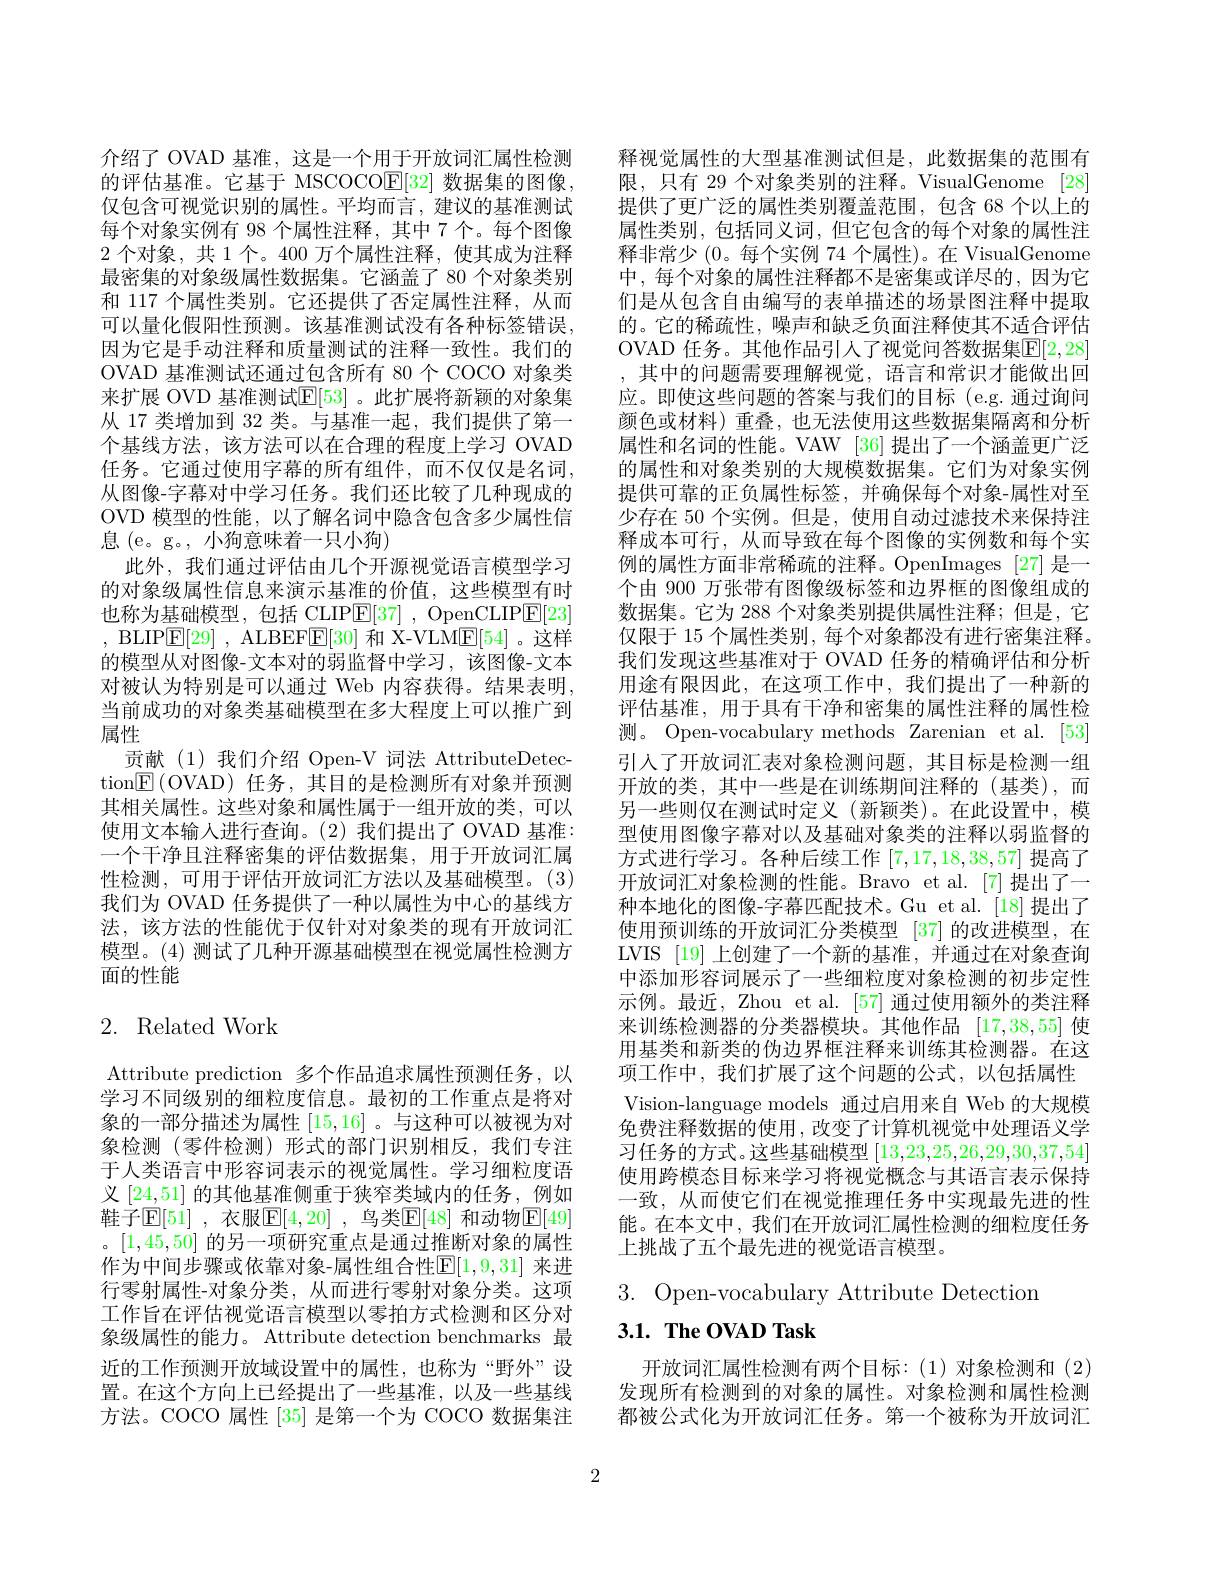
介绍了 OVAD 基准，这是一个用于开放词汇属性检测的评估基准。它基于 MSCOCO$\mathbb{E}[32]$数据集的图像， 仅包含可视觉识别的属性。平均而言，建议的基准测试每个对象实例有 98 个属性注释，其中 7 个。每个图像2个对象，共 1 个。400 万个属性注释，使其成为注释最密集的对象级属性数据集。它涵盖了 80 个对象类别和 117 个属性类别。它还提供了否定属性注释，从而可以量化假阳性预测。该基准测试没有各种标签错误， 因为它是手动注释和质量测试的注释一致性。我们的OVAD 基准测试还通过包含所有 80 个 COCO 对象类来扩展 OVD 基准测试$\mathbb{E}[53]$ 。此扩展将新颖的对象集从 17 类增加到 32 类。与基准一起，我们提供了第一个基线方法，该方法可以在合理的程度上学习 OVAD 任务。它通过使用字幕的所有组件，而不仅仅是名词， 从图像-字幕对中学习任务。我们还比较了几种现成的OVD 模型的性能，以了解名词中隐含包含多少属性信息 (e。g。, 小狗意味着一只小狗)
此外，我们通过评估由几个开源视觉语言模型学习的对象级属性信息来演示基准的价值，这些模型有时也称为基础模型，包括 CLIP$\mathbb{E}[37]$ , OpenCLIP$\mathbb{E}[23]$ , BLIPE[ 29] , ALBEFE[ 30] 和 X-VLM$\underline{\mathrm{E[54]~。这样}}$ 的模型从对图像-文本对的弱监督中学习，该图像-文本对被认为特别是可以通过 Web 内容获得。结果表明， 当前成功的对象类基础模型在多大程度上可以推广到属性
贡献(1)我们介绍 Open-V 词法 AttributeDetection$\boxed{\mathrm{F}}\left(\text{OVAD)任务，其目的是检测所有对象并预测}\right.$ 其相关属性。这些对象和属性属于一组开放的类，可以使用文本输人进行查询。(2)我们提出了 OVAD 基准： 一个干净且注释密集的评估数据集，用于开放词汇属性检测，可用于评估开放词汇方法以及基础模型。(3) 我们为 OVAD 任务提供了一种以属性为中心的基线方法，该方法的性能优于仅针对对象类的现有开放词汇模型。(4) 测试了几种开源基础模型在视觉属性检测方面的性能

# 2. Related Work

Attribute prediction 多个作品追求属性预测任务，以学习不同级别的细粒度信息。最初的工作重点是将对象的一部分描述为属性[15,16] 。与这种可以被视为对象检测(零件检测)形式的部门识别相反，我们专注于人类语言中形容词表示的视觉属性。学习细粒度语义[24,51]的其他基准侧重于狭窄类域内的任务，例如鞋子$\mathbb{E}[51]$ ,衣服$\mathbb{E}[4,20]$ ,鸟类$\mathbb{E}[48]$ 和动物$\mathbb{E}[49]$ 。[1,45,50]的另一项研究重点是通过推断对象的属性作为中间步骤或依靠对象-属性组合性$\mathbb{E}[1,9,31]$ 来进行零射属性-对象分类，从而进行零射对象分类。这项工作旨在评估视觉语言模型以零拍方式检测和区分对象级属性的能力。Attribute detection benchmarks 最近的工作预测开放域设置中的属性，也称为“野外”设置。在这个方向上已经提出了一些基准，以及一些基线方法。COCO 属性 [35] 是第一个为 COCO 数据集注

释视觉属性的大型基准测试但是，此数据集的范围有限，只有 29 个对象类别的注释。VisualGenome [28] 提供了更广泛的属性类别覆盖范围，包含 68 个以上的属性类别，包括同义词，但它包含的每个对象的属性注释非常少(0。每个实例 74 个属性)。在 VisualGenome 中，每个对象的属性注释都不是密集或详尽的，因为它们是从包含自由编写的表单描述的场景图注释中提取的。它的稀疏性，噪声和缺乏负面注释使其不适合评估OVAD 任务。其他作品引人了视觉问答数据集$\mathbb{E}[2,28]$ ,其中的问题需要理解视觉，语言和常识才能做出回应。即使这些问题的答案与我们的目标(e.g.通过询问颜色或材料)重叠，也无法使用这些数据集隔离和分析属性和名词的性能。VAW [36] 提出了一个涵盖更广泛的属性和对象类别的大规模数据集。它们为对象实例提供可靠的正负属性标签，并确保每个对象-属性对至少存在 50 个实例。但是，使用自动过滤技术来保持注释成本可行，从而导致在每个图像的实例数和每个实例的属性方面非常稀疏的注释。OpenImages [27] 是一个由 900 万张带有图像级标签和边界框的图像组成的数据集。它为 288 个对象类别提供属性注释；但是，它仅限于 15 个属性类别，每个对象都没有进行密集注释。我们发现这些基准对于 OVAD 任务的精确评估和分析用途有限因此，在这项工作中，我们提出了一种新的评估基准，用于具有干净和密集的属性注释的属性检测。Open-vocabulary methods Zarenian et al.[53] 引人了开放词汇表对象检测问题，其目标是检测一组开放的类，其中一些是在训练期间注释的(基类),而另一些则仅在测试时定义 (新颖类)。在此设置中，模型使用图像字幕对以及基础对象类的注释以弱监督的方式进行学习。各种后续工作[7,17,18,38,57]提高了开放词汇对象检测的性能。Bravo et al.[7]提出了一种本地化的图像-字幕匹配技术。Gu et al.[18]提出了使用预训练的开放词汇分类模型 [37]的改进模型，在LVIS [19]上创建了一个新的基准，并通过在对象查询中添加形容词展示了一些细粒度对象检测的初步定性示例。最近，Zhou et al. [57] 通过使用额外的类注释来训练检测器的分类器模块。其他作品 [17,38,55] 使用基类和新类的伪边界框注释来训练其检测器。在这项工作中，我们扩展了这个问题的公式，以包括属性Vision-language models 通过启用来自 Web 的大规模免费注释数据的使用，改变了计算机视觉中处理语义学习任务的方式。这些基础模型[13,23,25,26,29,30,37,54] 使用跨模态目标来学习将视觉概念与其语言表示保持一致，从而使它们在视觉推理任务中实现最先进的性能。在本文中，我们在开放词汇属性检测的细粒度任务上挑战了五个最先进的视觉语言模型。

3. Open-vocabulary Attribute Detection
# $3. 1. \textbf{ The OVAD Task}$

开放词汇属性检测有两个目标：(1)对象检测和(2) 发现所有检测到的对象的属性。对象检测和属性检测都被公式化为开放词汇任务。第一个被称为开放词汇

2